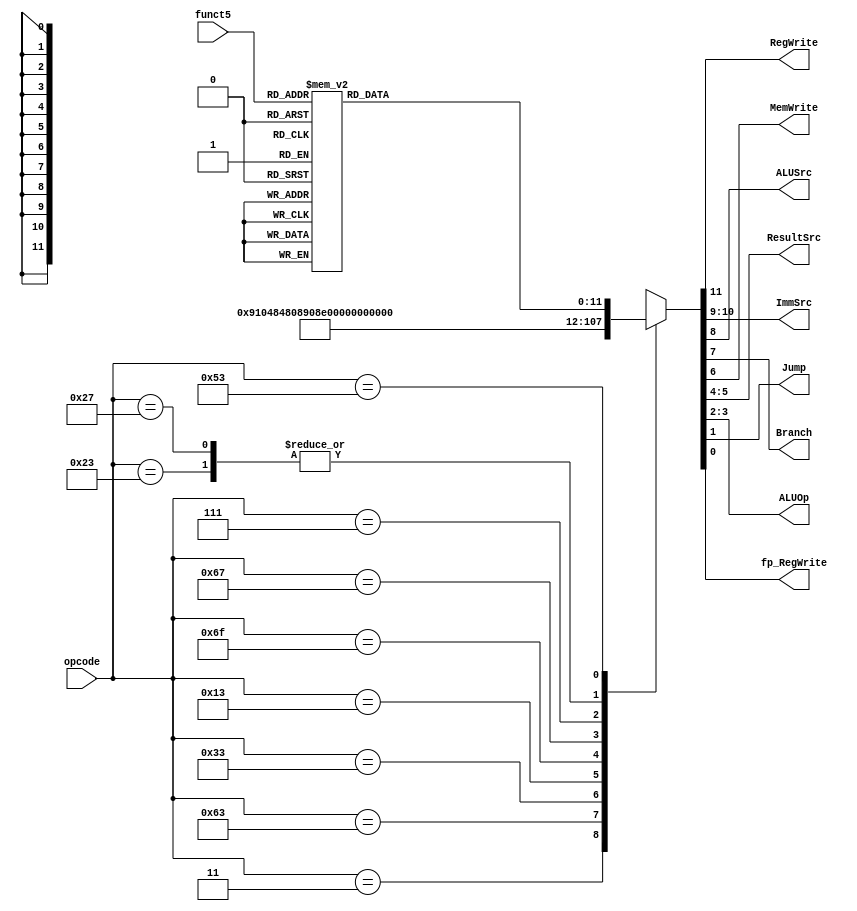
//Input: opcode (Instr[6:0])
//Output: RegWrite, ImmSrc, ALUSrc, Branch, MemWrite, ResultSrc, ALUOp, Jump
module main_decoder (
    opcode, funct5, RegWrite, ImmSrc, ALUSrc, Branch, MemWrite, ResultSrc, ALUOp ,Jump, fp_RegWrite 
);
    input [6:0] opcode;
    input [4:0] funct5;
    output wire RegWrite, ALUSrc, Branch, MemWrite, Jump, fp_RegWrite;
    output wire [1:0] ImmSrc, ALUOp, ResultSrc;
    /////////////////////////////////////////////////////////////
    reg [11:0] controls;
    /////////////////////////////////////////////////////////////
    assign {RegWrite, ImmSrc, ALUSrc, Branch, MemWrite, ResultSrc, ALUOp, Jump, fp_RegWrite} = controls;
    always @(*) begin
        case (opcode)
            7'b0000011: controls = 12'b1_00_1_0_0_01_00_0_0;  //LW
            7'b0100011: controls = 12'b0_01_1_0_1_00_00_0_0;  //SW
            7'b1100011: controls = 12'b0_10_0_1_0_00_01_0_0;  //BEQ & BNE
            7'b0110011: controls = 12'b1_00_0_0_0_00_10_0_0;  //R-Type
            7'b0010011: controls = 12'b1_00_1_0_0_00_10_0_0;  //ADDI & ORI & ANDI
            7'b1101111: controls = 12'b1_11_0_0_0_00_00_1_0;  //JAL
            7'b1100111: controls = 12'b1_00_1_0_0_00_00_1_0;  //JALR
            7'b0000111: controls = 12'b0_00_1_0_0_01_00_0_1;  //FLW
            7'b0100111: controls = 12'b0_01_1_0_1_00_00_0_0;  //FSW
            7'b1010011: case (funct5)
                            //ADD, SUB, MUL, MIN, MAX, CVT.S.W
                            5'b00000, 5'b00001, 5'b00010, 
                            5'b00101, 5'b11000, 5'b11010: controls = 12'b0_00_0_0_0_00_00_0_1;
                            //LE, EQ, LT, CVT.W.S, CLASS
                            5'b11000, 5'b10100, 5'b11100: controls = 12'b1_00_0_0_0_10_00_0_0;
                            default: controls = 12'bxxxxxxxxxxxx;
                        endcase
            default: controls = 12'bxxxxxxxxxxxx;
        endcase 
    end   
endmodule